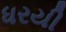
ધરયી